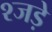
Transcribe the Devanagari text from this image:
श्जड़े